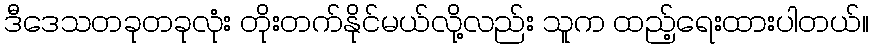
ဒီဒေသတခုတခုလုံး တိုးတက်နိုင်မယ်လို့လည်း သူက ထည့်ရေးထားပါတယ်။